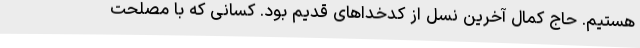
هستیم. حاج کمال آخرین نسل از کدخداهای قدیم بود. کسانی که با مصلحت